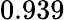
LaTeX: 0.939